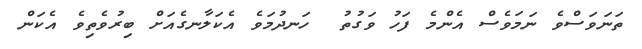
ތަނަވަސްވެ ނަމަވެސް އެންމެ ފަހު ވަގުތު  ހަނދުމަވެ އެކަލާނގެއަށް ބިރުވެތިވެ އެކަން